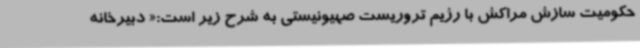
حکومیت سازش مراکش با رژیم تروریست صهیونیستی به شرح زیر است:« دبیرخانه